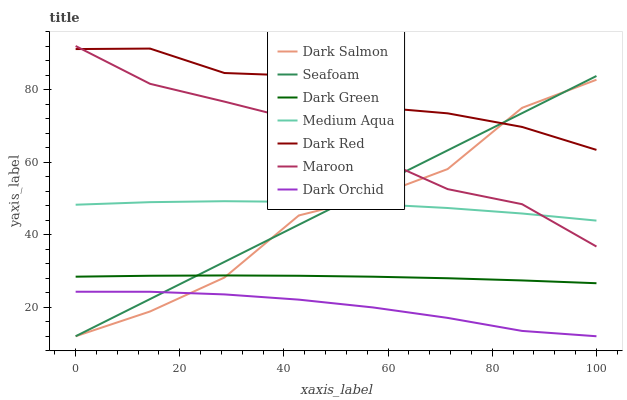
| xaxis_label | Dark Salmon | Seafoam | Dark Green | Medium Aqua | Dark Red | Maroon | Dark Orchid |
 | --- | --- | --- | --- | --- | --- | --- | --- |
 | 0 | 12 | 12 | 28.4 | 48.3 | 91.2 | 92 | 24.3 |
 | 14.3 | 18.8 | 22.2 | 28.7 | 49 | 91.3 | 81.6 | 24.3 |
 | 28.6 | 28.2 | 32.5 | 28.8 | 49.2 | 84.6 | 76.7 | 23.5 |
 | 42.9 | 45.3 | 42.7 | 28.7 | 49 | 83.8 | 71.5 | 22.1 |
 | 57.1 | 50.4 | 53 | 28.4 | 48.4 | 75.2 | 61.7 | 19.9 |
 | 71.4 | 58.1 | 63.2 | 28 | 47.3 | 73.4 | 52.6 | 17.1 |
 | 85.7 | 75 | 73.5 | 27.4 | 45.8 | 69.7 | 48.4 | 13.5 |
 | 100 | 82.7 | 83.7 | 26.6 | 43.9 | 63.4 | 36.7 | 12 |